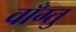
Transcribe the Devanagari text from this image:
वाँग्तु